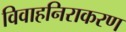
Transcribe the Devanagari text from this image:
विवाहनिराकरण